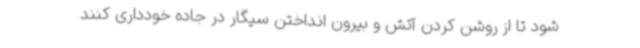
شود تا از روشن کردن آتش و بیرون انداختن سیگار در جاده خودداری کنند